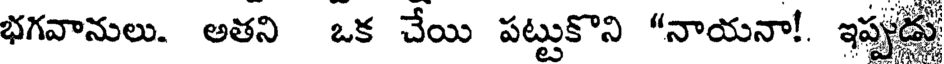
భగవానులు. అతని ఒక చేయి పట్టుకొని "నాయనా!. ఇప్పుడు